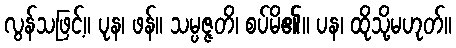
လွန်သဖြင့်။ ပုန၊ ဖန်။ သမ္ပဇ္ဇတိ၊ စပ်မိ၏။ ပန၊ ထိုသို့မဟုတ်။